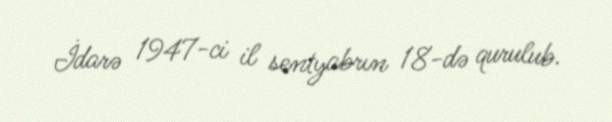
İdarə 1947-ci il sentyabrın 18-də qurulub.